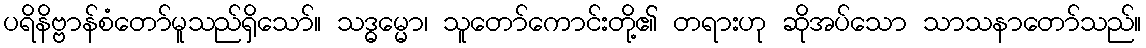
ပရိနိဗ္ဗာန်စံတော်မူသည်ရှိသော်။ သဒ္ဓမ္မော၊ သူတော်ကောင်းတို့၏ တရားဟု ဆိုအပ်သော သာသနာတော်သည်။